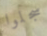
سجلوا